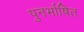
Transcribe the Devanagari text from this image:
पुनर्भाषित